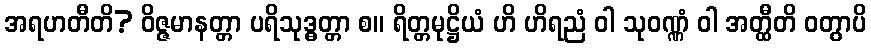
အရဟတီတိ? ဝိဇ္ဇမာနတ္တာ ပရိသုဒ္ဓတ္တာ စ။ ရိတ္တမုဋ္ဌိယံ ဟိ ဟိရညံ ဝါ သုဝဏ္ဏံ ဝါ အတ္ထီတိ ဝတွာပိ